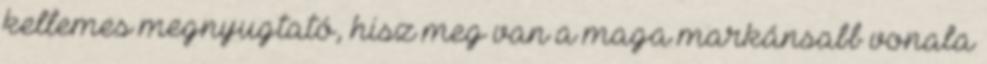
kellemes megnyugtató, hisz meg van a maga markánsabb vonala